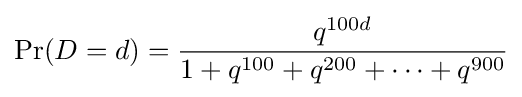
\Pr(D=d)={q^{100d} \over 1+q^{100}+q^{200}+\cdots +q^{900}}